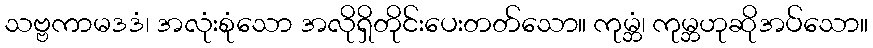
သဗ္ဗကာမဒဒံ၊ အလုံးစုံသော အလိုရှိတိုင်းပေးတတ်သော။ ကုမ္ဘံ၊ ကုမ္ဘဟုဆိုအပ်သော။